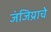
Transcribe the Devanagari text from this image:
जंजिय्राचे